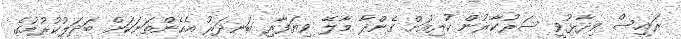
ރައީސް ވިދާޅުވީ ސަރުކާރުން ކުރިއަށް ގެންދާ މާލޭ ވިޔަފާރި ބަނދަރު އެހެންތަނަކަށް ބަދަލުކުރުމުގެ